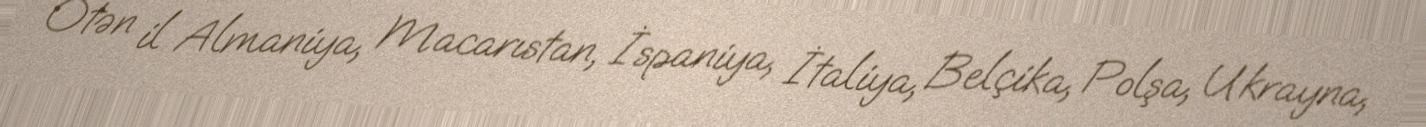
Ötən il Almaniya, Macarıstan, İspaniya, İtaliya, Belçika, Polşa, Ukrayna,